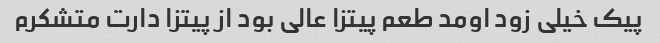
پیک خیلی زود اومد طعم پیتزا عالی بود از پیتزا دارت متشکرم